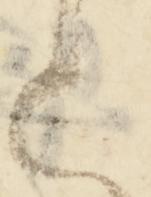
上